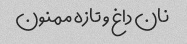
نان داغ و تازه ممنون